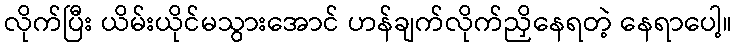
လိုက်ပြီး ယိမ်းယိုင်မသွားအောင် ဟန်ချက်လိုက်ညှိနေရတဲ့ နေရာပေါ့။